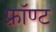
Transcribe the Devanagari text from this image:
फ़्रॉण्ट